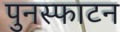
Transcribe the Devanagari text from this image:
पुनस्फाटन